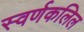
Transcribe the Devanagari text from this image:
स्वर्णकलिल